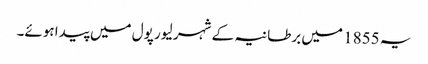
یہ 1855 میں برطانیہ کے شہر لیور پول میں پیدا ہوئے۔